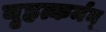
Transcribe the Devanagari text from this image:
बृहत्कर्मन्